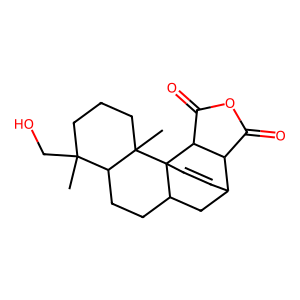
SMILES: CC1(CO)CCCC2(C)C1CCC1CC3C=CC12C1C(=O)OC(=O)C31
Inhibits HIV replication: No